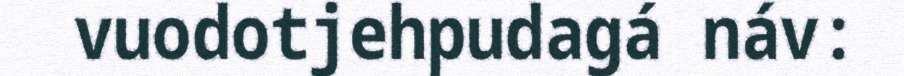
vuodotjehpudagá náv: